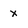
Character: x